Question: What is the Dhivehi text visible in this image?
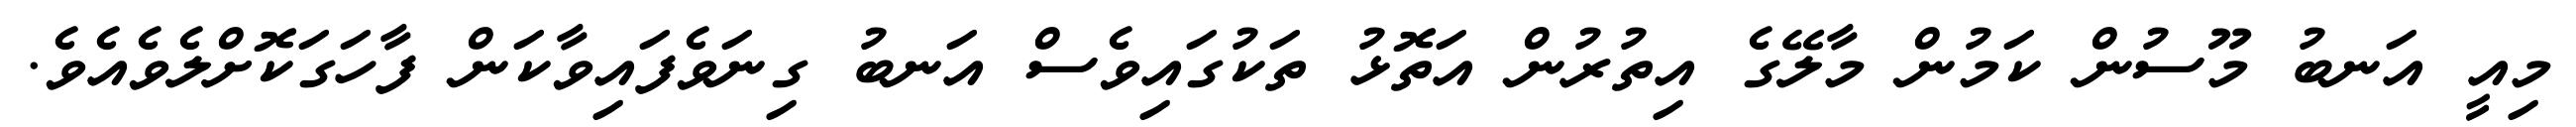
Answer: މިއީ އަނބު މޫސުން ކަމުން މާލޭގެ އިތުރުން އަތޮޅު ތަކުގައިވެސް އަނބު ގިނަވެފައިވާކަން ފާހަގަކޮށްލެވެއެވެ.